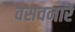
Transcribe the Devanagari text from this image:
वसवनारे